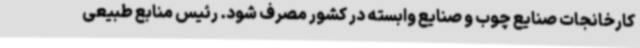
کارخانجات صنایع چوب و صنایع وابسته در کشور مصرف شود. رئیس منابع طبیعی